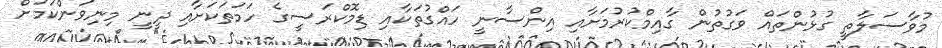
މުވާސަލާތީ ގުޅުންތައް ވަގުތުން ގާއިމްކުރުމަށާއި އިންސާނީ ހައްގުތަކާއި ޑިމޮކްރަސީގެ ހަމަތަކަށާއި ދީނީ މިނިވަންކަމަށް